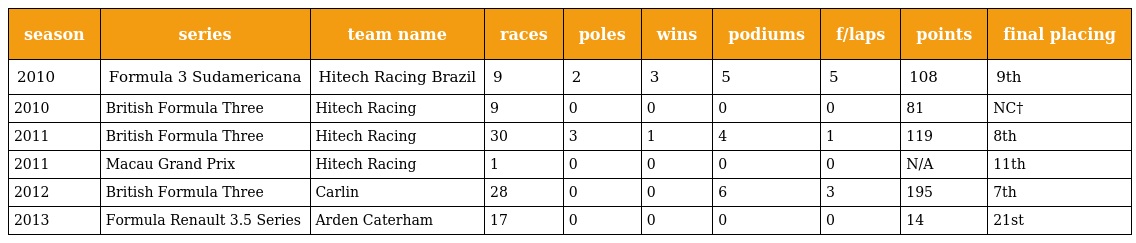
| season | series | team name | races | poles | wins | podiums | f/laps | points | final placing |
 | --- | --- | --- | --- | --- | --- | --- | --- | --- | --- |
 | 2010 | Formula 3 Sudamericana | Hitech Racing Brazil | 9 | 2 | 3 | 5 | 5 | 108 | 9th |
 | 2010 | British Formula Three | Hitech Racing | 9 | 0 | 0 | 0 | 0 | 81 | NC† |
 | 2011 | British Formula Three | Hitech Racing | 30 | 3 | 1 | 4 | 1 | 119 | 8th |
 | 2011 | Macau Grand Prix | Hitech Racing | 1 | 0 | 0 | 0 | 0 | N/A | 11th |
 | 2012 | British Formula Three | Carlin | 28 | 0 | 0 | 6 | 3 | 195 | 7th |
 | 2013 | Formula Renault 3.5 Series | Arden Caterham | 17 | 0 | 0 | 0 | 0 | 14 | 21st |